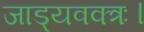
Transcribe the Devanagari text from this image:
जाड्यवक्त्रः।